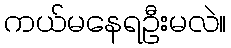
ကယ်မနေရဦးမလဲ။